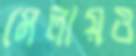
মেলায়ও